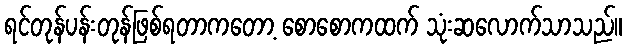
ရင်တုန်ပန်းတုန်ဖြစ်ရတာကတော့ စောစောကထက် သုံးဆလောက်သာသည်။